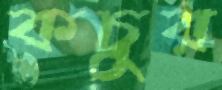
কচুর